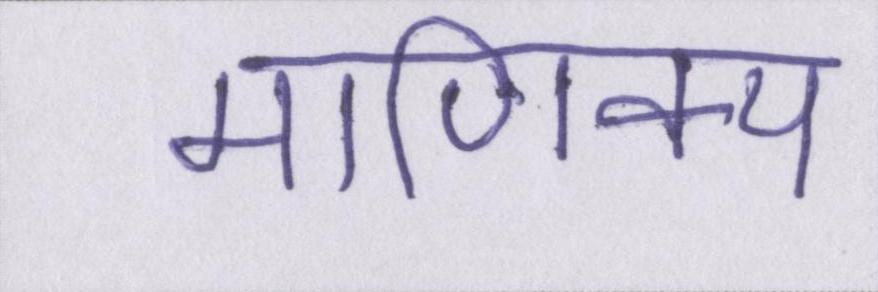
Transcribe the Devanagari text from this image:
माणिक्य